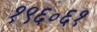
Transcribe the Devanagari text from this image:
१९६॰६१